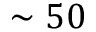
\sim 5 0